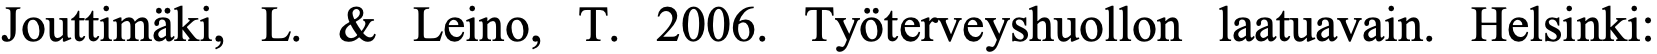
Jouttimäki, L. & Leino, T. 2006. Työterveyshuollon laatuavain. Helsinki: